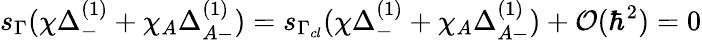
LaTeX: s_{\Gamma}(\chi\Delta_{-}^{(1)}+\chi_{A}\Delta_{A-}^{(1)})=s_{\Gamma_{cl}}(\chi\Delta_{-}^{(1)}+\chi_{A}\Delta_{A-}^{(1)})+{\cal O}(\hbar^{2})=0